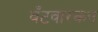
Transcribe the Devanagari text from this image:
बँटवारकन